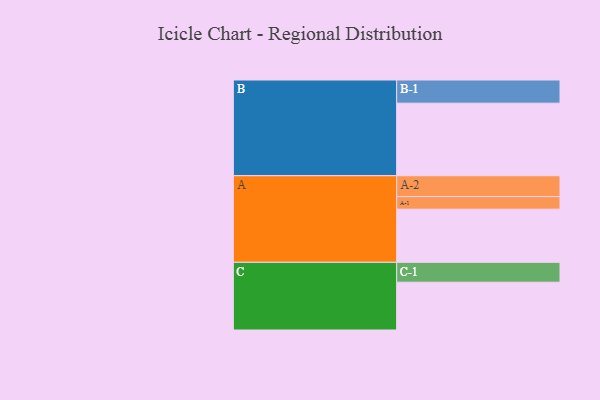
{"axis": {"x": "Segment", "y": "Value"}, "legend": ["", "A", "B", "C"], "data": [{"x": "A", "y": 436, "type": ""}, {"x": "B", "y": 595, "type": ""}, {"x": "C", "y": 392, "type": ""}, {"x": "A-1", "y": 103, "type": "A"}, {"x": "A-2", "y": 171, "type": "A"}, {"x": "B-1", "y": 190, "type": "B"}, {"x": "C-1", "y": 163, "type": "C"}]}